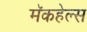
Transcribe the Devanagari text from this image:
मॅकहेल्स